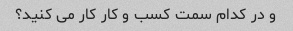
و در کدام سمت کسب و کار کار می کنید؟